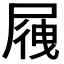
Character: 𡲕